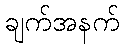
ချက်အနက်